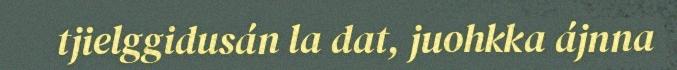
tjielggidusán la dat, juohkka ájnna